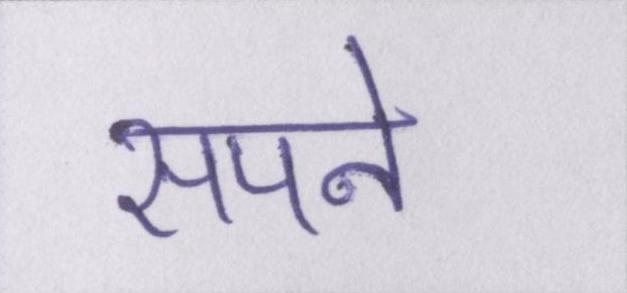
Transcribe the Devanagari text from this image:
सपने